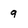
Character: 9